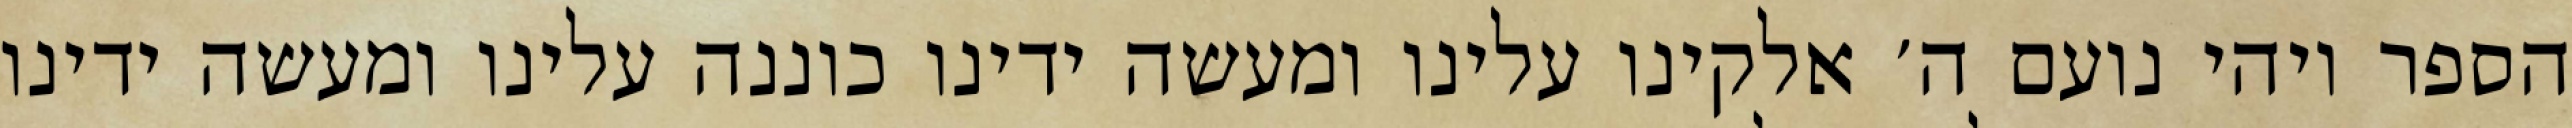
הספר ויהי נועם ה׳ אלקינו עלינו ומעשה ידינו כוננה עלינו ומעשה ידינו